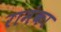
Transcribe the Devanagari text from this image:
रामंका